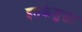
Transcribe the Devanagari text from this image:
इतकेसुद्धा